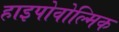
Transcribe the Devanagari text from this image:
हाइपोवोल्मिक